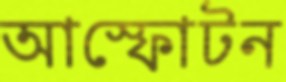
আস্ফোটন